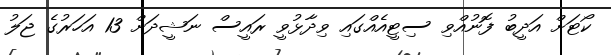
ކޯޓަށް އަދީބު ފޮނުއްވި ސިޓީއެއްގައި ވިދާޅުވީ ރައީސް ނަޝީދަށް 13 އަހަރުގެ ޖަލު